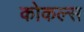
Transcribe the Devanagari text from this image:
कोकल्स